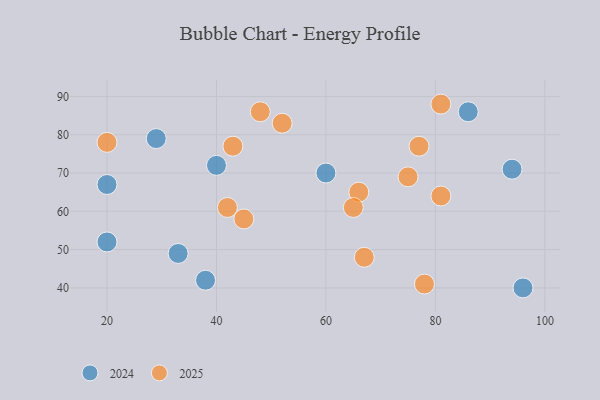
{"axis": {"x": "GDP", "y": "Life Expectancy"}, "legend": ["2024", "2025"], "data": [{"x": "66", "y": 65, "type": "2025"}, {"x": "52", "y": 83, "type": "2025"}, {"x": "43", "y": 77, "type": "2025"}, {"x": "77", "y": 77, "type": "2025"}, {"x": "81", "y": 64, "type": "2025"}, {"x": "48", "y": 86, "type": "2025"}, {"x": "65", "y": 61, "type": "2025"}, {"x": "67", "y": 48, "type": "2025"}, {"x": "78", "y": 41, "type": "2025"}, {"x": "42", "y": 61, "type": "2025"}, {"x": "75", "y": 69, "type": "2025"}, {"x": "81", "y": 88, "type": "2025"}, {"x": "20", "y": 78, "type": "2025"}, {"x": "45", "y": 58, "type": "2025"}, {"x": "96", "y": 40, "type": "2024"}, {"x": "20", "y": 67, "type": "2024"}, {"x": "33", "y": 49, "type": "2024"}, {"x": "86", "y": 86, "type": "2024"}, {"x": "94", "y": 71, "type": "2024"}, {"x": "20", "y": 52, "type": "2024"}, {"x": "38", "y": 42, "type": "2024"}, {"x": "29", "y": 79, "type": "2024"}, {"x": "60", "y": 70, "type": "2024"}, {"x": "40", "y": 72, "type": "2024"}]}